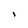
Character: i